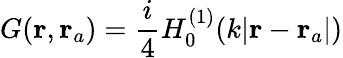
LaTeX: G(\textbf{r},\textbf{r}_{a})=\frac{i}{4}H_{0}^{(1)}(k|\textbf{r}-\textbf{r}_{a}|)